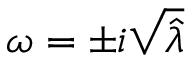
\omega = \pm i \sqrt { \widehat { \lambda } }